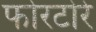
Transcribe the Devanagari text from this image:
फोरटोरे